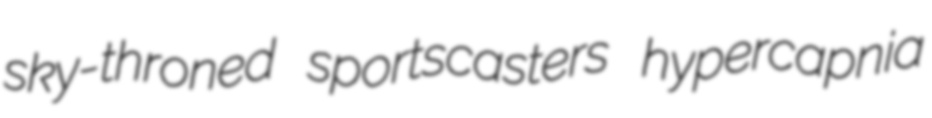
sky-throned sportscasters hypercapnia